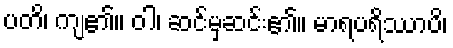
ပတိ၊ ကျ၏။ ဝါ၊ ဆင်မှဆင်း၏။ မာရပရိဿာပိ၊